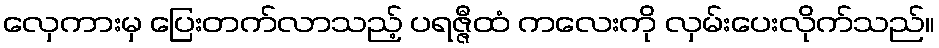
လှေကားမှ ပြေးတက်လာသည့် ပရဇ္ဇီထံ ကလေးကို လှမ်းပေးလိုက်သည်။